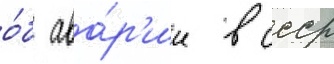
о́б ава́р'ии в ссср